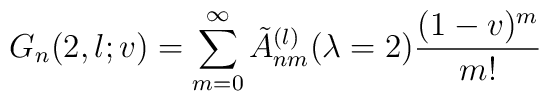
G_n(2, l; v) = \sum_{m=0}^{\infty} \tilde{A}_{nm}^{(l)}(\lambda=2) \frac{(1-v)^m}{m!}